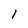
Character: l